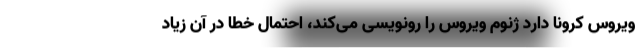
ویروس کرونا دارد ژنوم ویروس را رونویسی می‌کند، احتمال خطا در آن زیاد